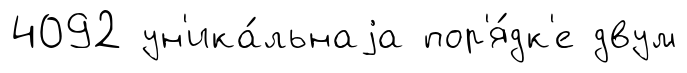
4092 ун'ика́льнаjа пор'я́дк'е двум